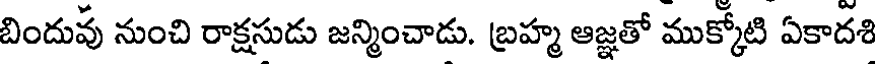
బిందువు నుంచి రాక్షసుడు జన్మించాడు. బ్రహ్మ ఆజ్ఞతో ముక్కోటి ఏకాదశి